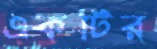
একটির